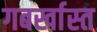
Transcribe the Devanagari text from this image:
गबर्खास्‍त